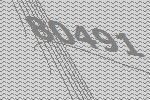
80491